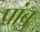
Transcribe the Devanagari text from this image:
पांबु